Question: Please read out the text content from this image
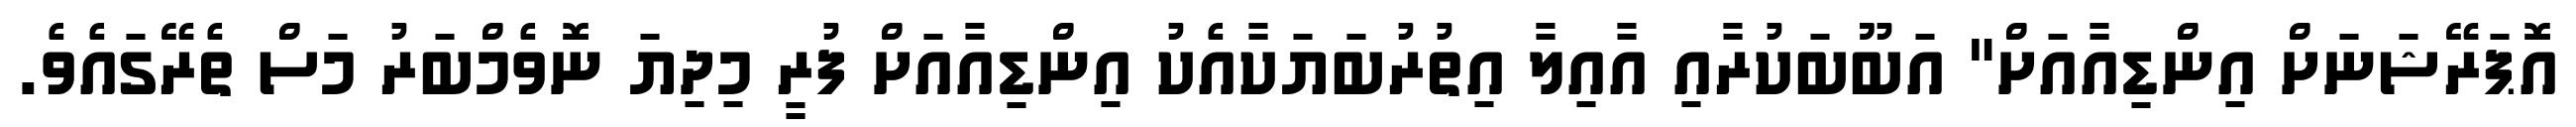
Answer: އޮޕަރޭޝަނަށް އިންޑިއާއަށް" އަބޫބަކުރާއި އާއިލާ އިތުރުބަޔަކާއެކު އިންޑިއާއަށް ފުރީ މިދިޔަ ނޮވެމްބަރު މަސް ތެރޭގައެވެ.